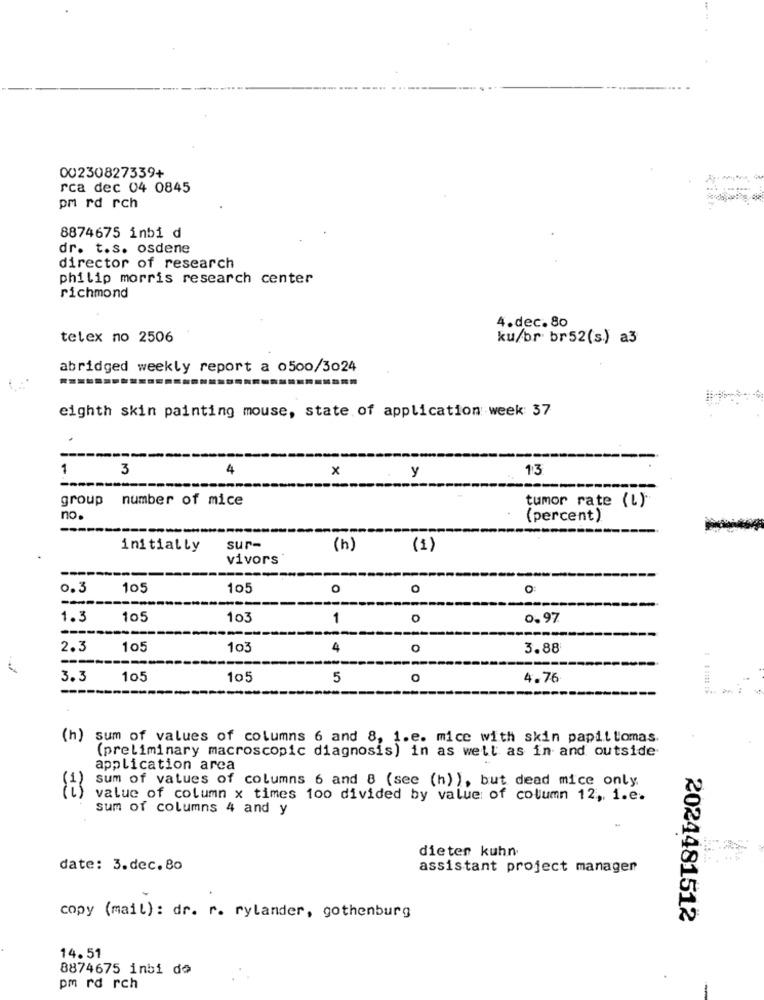
00230827339+
rca dec 04 0845
pm rd rch
8874675 inbi d
dr. t.s. osdene
director of research
philip morris research center
richmond
4.dec. 80
telex no 2506
ku/br br52(s.) a3
abridged weekly report a o500/3024
eighth skin painting mouse, state of application week: 37
1
3
4
x
13
y
group number of mice
tumor rate (L)
no.
(percent)
initially
sur-
(h)
(1)
vivors
0.3
105
105
O
---
--
1.3
105
103
1
o
0.97
---
---
2.3
105
103
4
o
3.88
3.3
105
105
5
4.76
(h) sum of values of columns 6 and 8, 1.e. mice with skin papillomas.
(preliminary macroscopic diagnosis) in as well as in and outside
CE
application arca
sum of values of columns 6 and 8 (see (h) ), but dead mice only
value of column x times 100 divided by value of column 12 ,,, i.e.
sum of columns 4 and y
dieter kuhn
date: 3.dec. 80
assistant project manager
copy (mail): dr. r. rylander, gothenburg
2024481512
14.51
8874675 inbi de
pm rd rch
-